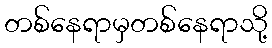
တစ်နေရာမှတစ်နေရာသို့